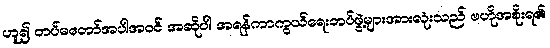
ဟူ၍ တပ်မတော်အပါအဝင် အဆိုပါ အရန်ကာကွယ်ရေးတပ်ဖွဲ့များအားလုံးသည် ဗဟိုအစိုးရ၏